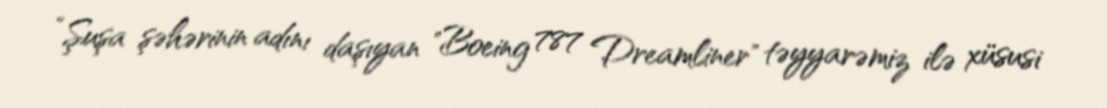
“Şuşa şəhərinin adını daşıyan "Boeing 787 Dreamliner" təyyarəmiz ilə xüsusi